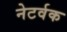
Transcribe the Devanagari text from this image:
नेटर्वक